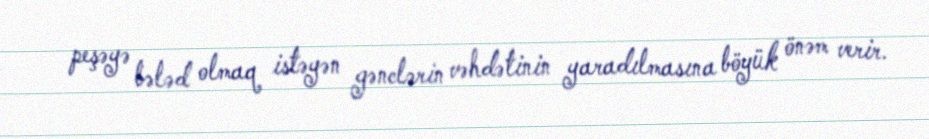
peşəyə bələd olmaq istəyən gənclərin vəhdətinin yaradılmasına böyük önəm verir.